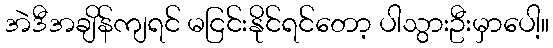
အဲဒီအချိန်ကျရင် မငြင်းနိုင်ရင်တော့ ပါသွားဦးမှာပေါ့။